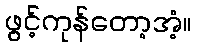
ဖွင့်ကုန်တော့အံ့။